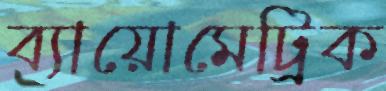
ব্যায়োমেট্রিক